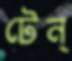
টেন্